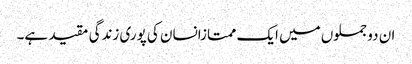
ان دو جملوں میں ایک ممتازانسان کی پوری زندگی مقید ہے۔